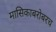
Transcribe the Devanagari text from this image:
मासिकाबरोबरच